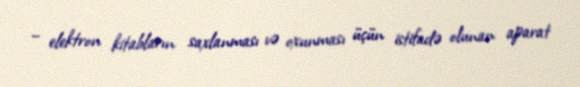
– elektron kitabların saxlanması və oxunması üçün istifadə olunan aparat